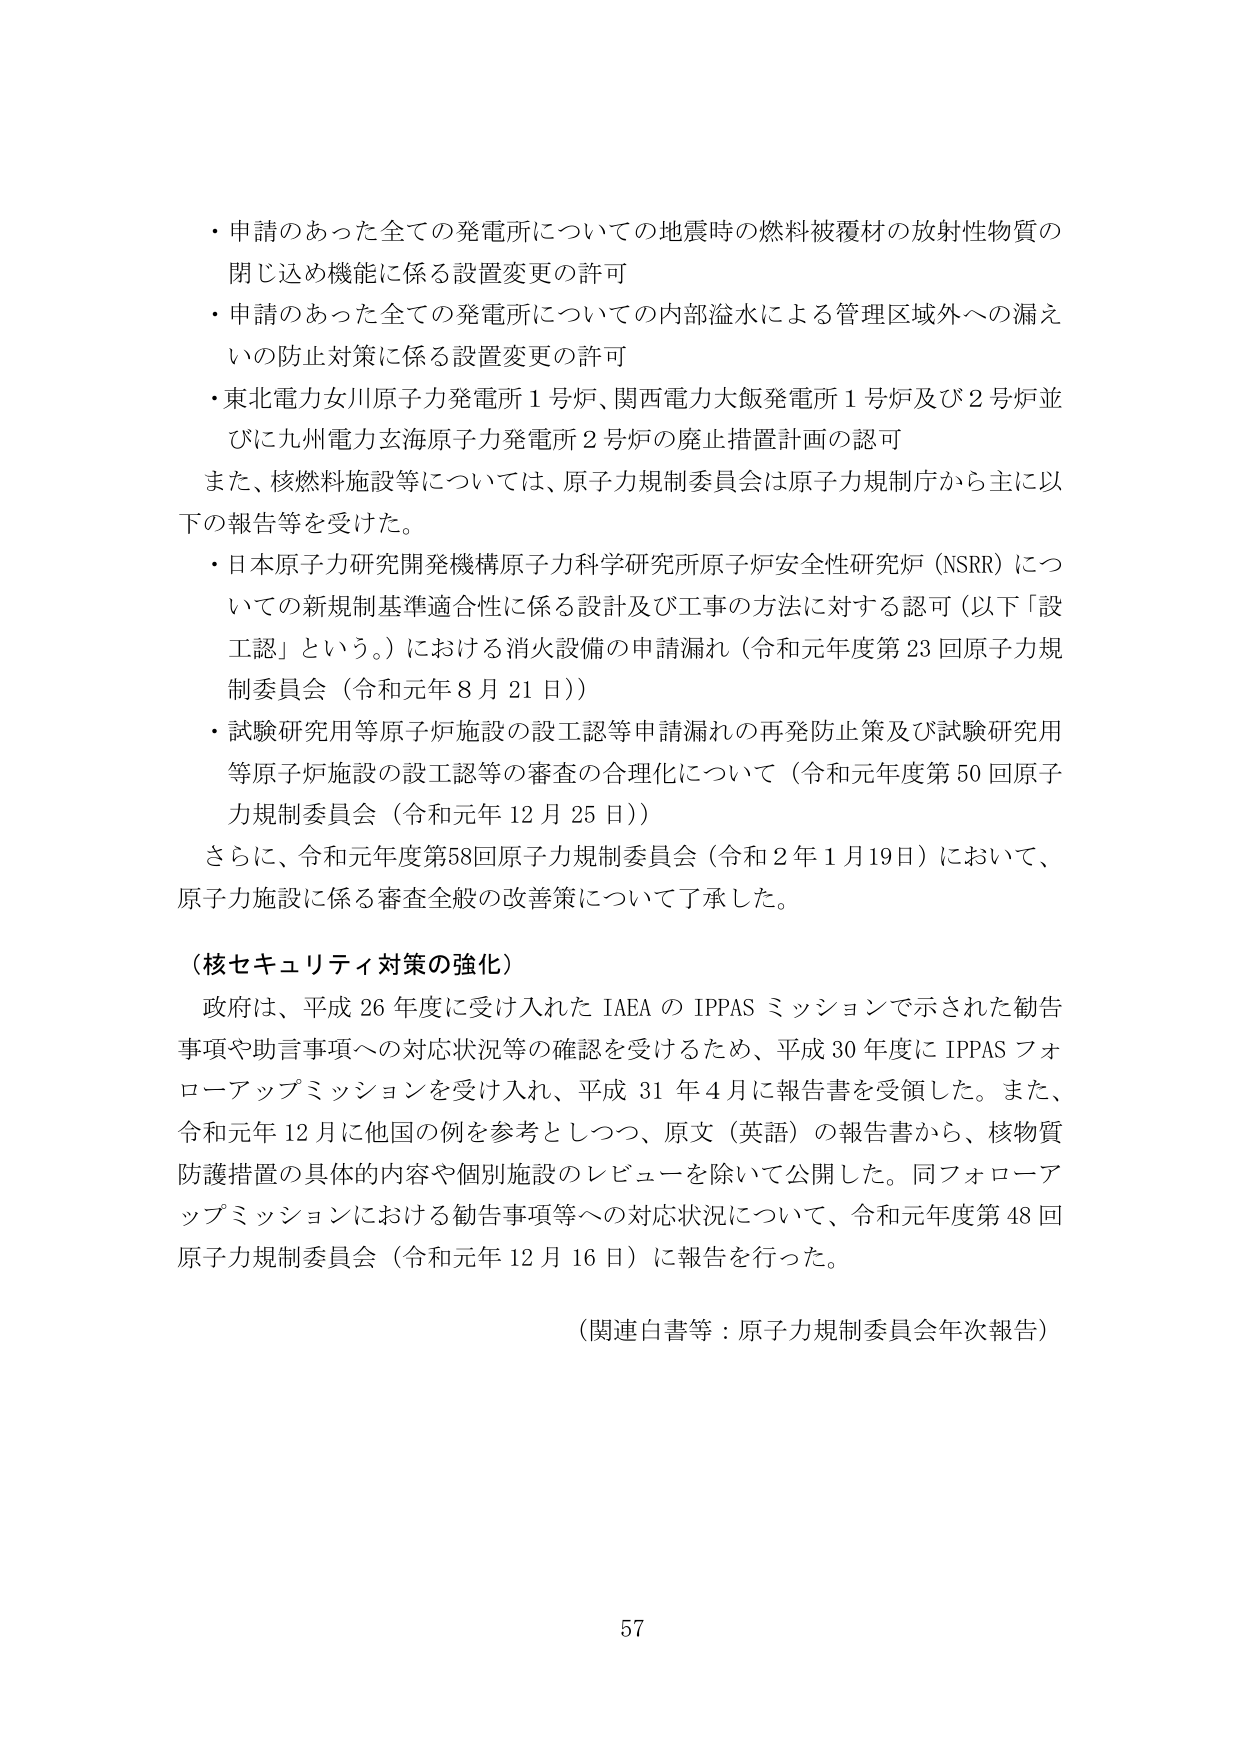
・申請のあった全ての発電所についての地震時の燃料被覆材の放射性物質の閉じ込め機能に係る設置変更の許可
・申請のあった全ての発電所についての内部溢水による管理区域外への漏えいの防止対策に係る設置変更の許可
・東北電力女川原子力発電所1号炉、関西電力大飯発電所1号炉及び2号炉並びに九州電力玄海原子力発電所2号炉の廃止措置計画の認可
また、核燃料施設等については、原子力規制委員会は原子力規制庁から主に以下の報告等を受けた。
・日本原子力研究開発機構原子力科学研究所原子炉安全性研究炉（NSRR）についての新規制基準適合性に係る設計及び工事の方法に対する認可（以下「設工認」という。）における消火設備の申請漏れ（令和元年度第23回原子力規制委員会（令和元年8月21日））
・試験研究用等原子炉施設の設工認等申請漏れの再発防止策及び試験研究用等原子炉施設の設工認等の審査の合理化について（令和元年度第50回原子力規制委員会（令和元年12月25日））
さらに、令和元年度第58回原子力規制委員会（令和2年1月19日）において、原子力施設に係る審査全般の改善策について了承した。

（核セキュリティ対策の強化）
政府は、平成26年度に受け入れたIAEAのIPPASミッションで示された勧告事項や助言事項への対応状況等の確認を受けるため、平成30年度にIPPASフォローアップミッションを受け入れ、平成31年4月に報告書を受領した。また、令和元年12月に他国の例を参考としつつ、原文（英語）の報告書から、核物質防護措置の具体的内容や個別施設のレビューを除いて公開した。同フォローアップミッションにおける勧告事項等への対応状況について、令和元年度第48回原子力規制委員会（令和元年12月16日）に報告を行った。

（関連白書等：原子力規制委員会年次報告）

57